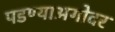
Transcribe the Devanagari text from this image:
पडण्याअगोदर